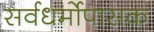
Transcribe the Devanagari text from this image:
सर्वधर्मोपासक